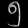
Digit: ၅